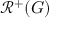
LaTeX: { \mathcal { R } } ^ { + } ( G )